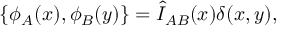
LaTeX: \{ \phi _ { A } ( x ) , \phi _ { B } ( y ) \} = \hat { I } _ { A B } ( x ) \delta ( x , y ) ,